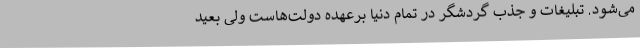
می‌شود. تبلیغات و جذب گردشگر در تمام دنیا برعهده دولت‌هاست ولی بعید